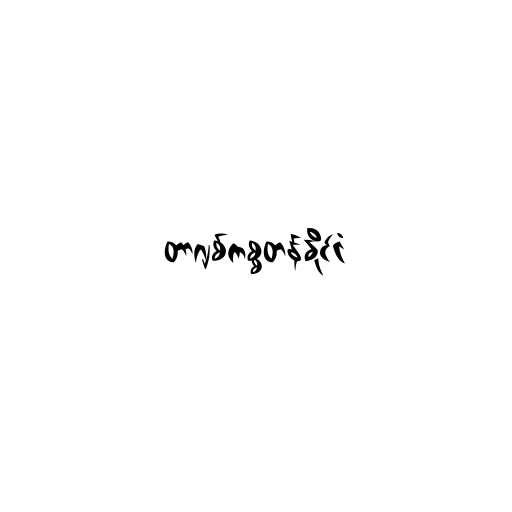
တာဂျစ်ကစ္စတန်နိုင်ငံ